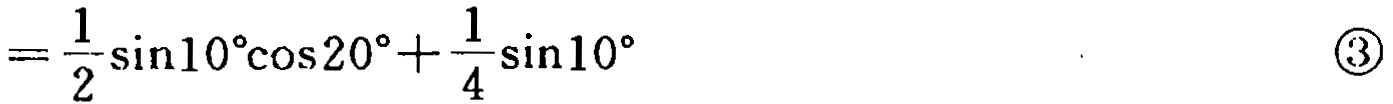
$=\frac{1}{2}\sin10^{\circ}\cos20^{\circ}+\frac{1}{4}\sin10^{\circ}\ \ \ \ \ \ \ \ \ \ \ \ \ \ \ \ \ \ \ \ \ \ \ \ \ \ \ \ \ \ \ \ \ \ \ \ \ \ \ \ \ \ \textcircled{3}$